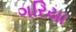
ગરિયા